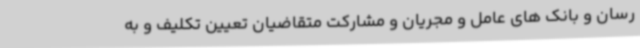
رسان و بانک های عامل و مجریان و مشارکت متقاضیان تعیین تکلیف و به